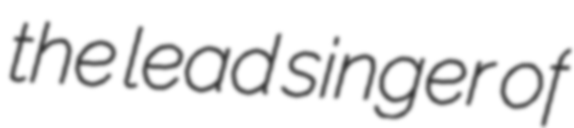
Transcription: the lead singer of